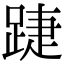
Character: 踕